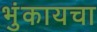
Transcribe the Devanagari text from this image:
भुंकायचा